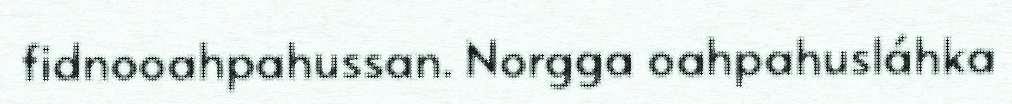
fidnooahpahussan. Norgga oahpahusláhka